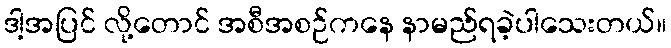
ဒါ့အပြင် လို့တောင် အစီအစဉ်ကနေ နာမည်ရခဲ့ပါသေးတယ်။